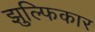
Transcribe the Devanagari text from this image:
झुल्फिकार